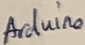
Text: Arduino